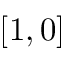
[ 1 , 0 ]